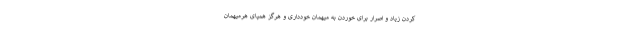
کردن زیاد و اصرار برای خوردن به میهمان خودداری و هرگز همپای هرمیهمان